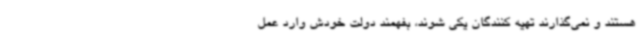
هستند و نمی‌گذارند تهیه کنندگان یکی شوند، بفهمند دولت خودش وارد عمل